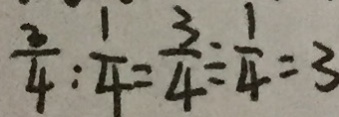
\frac { 3 } { 4 } : \frac { 1 } { 4 } = \frac { 3 } { 4 } \div \frac { 1 } { 4 } = 3